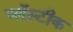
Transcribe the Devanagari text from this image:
प्लॅस्टीक